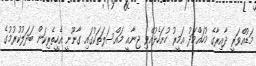
މަޑުއްވަރީ ދާއިރާގެ މުހައްމަދު އަމީރު ހުށަހެޅުއްވި ޖިނާއީ މައްސަލަތަކުގައި ގާނޫނީ އެހީތެރިކަން ބަދަލުކުރުމުގެ